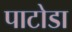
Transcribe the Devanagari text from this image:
पाटोडा